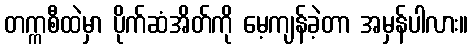
တက္ကစီထဲမှာ ပိုက်ဆံအိတ်ကို မေ့ကျန်ခဲ့တာ အမှန်ပါလား။